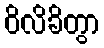
ဝိလိခိတွာ